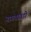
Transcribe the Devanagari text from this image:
नागबावडी